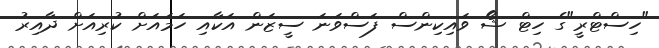
"ހިސްޓްރީ"ގެ ހިޓް ޝޯ ވައިކިންސް ފަސްވަނަ ސީޒަން އަަކާއި ހަމައަށް ކުރިއަށް ދާއިރު